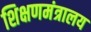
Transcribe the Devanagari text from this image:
शिक्षणमंत्रालय